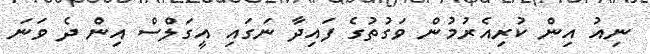
ނިއު އިން ކުރިއެރުމުން ވަގުތުގެ ފައިދާ ނަގައި އީގަލްސް އިން ދެ ވަނަ